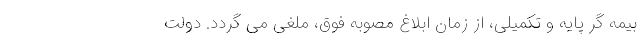
بیمه گر پایه و تکمیلی، از زمان ابلاغ مصوبه فوق، ملغی می گردد. دولت